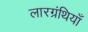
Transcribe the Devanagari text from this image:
लारग्रंथियाँ